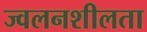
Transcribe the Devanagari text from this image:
ज्‍वलनशीलता